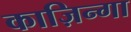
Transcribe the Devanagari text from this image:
काज़िन्गा